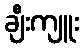
ချီးကျူး